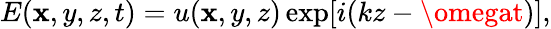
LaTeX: E(\mathbf{x},y,z,t)=u(\mathbf{x},y,z)\exp[i(kz-\omegat)],